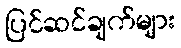
ပြင်ဆင်ချက်များ